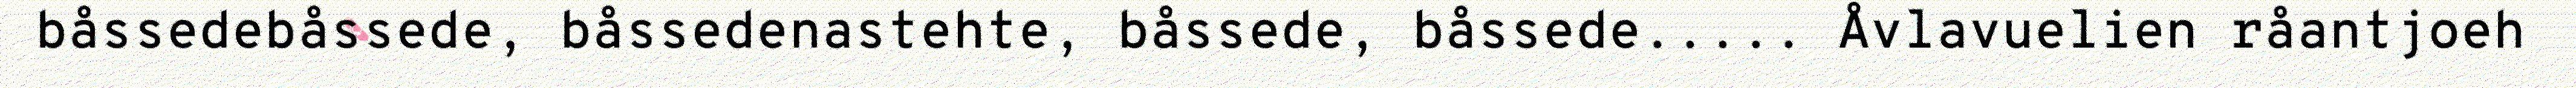
båssedebåssede, båssedenastehte, båssede, båssede..... Åvlavuelien råantjoeh